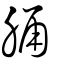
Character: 𦛸